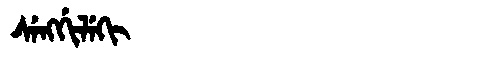
Manchu: ᠰᡝᠩᡤᡳᠯᡝᡴᡳ
Romanization: SENGGILEKI